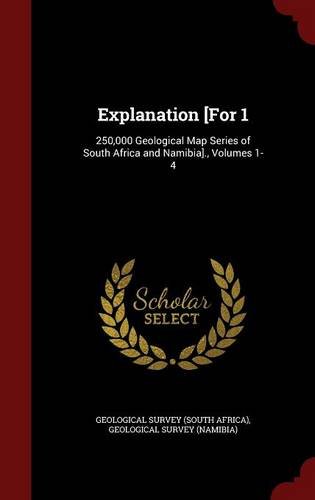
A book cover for Explanation [For 1: 250,000 Geological Map Series of South Africa and Namibia]., Volumes 1-4; Travel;